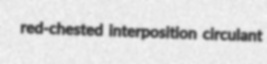
red-chested interposition circulant